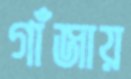
গাঁজায়